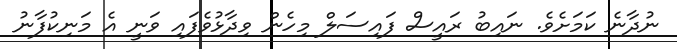
ނުދާނެ ކަމަށެވެ. ނައިބު ރައީސް ފައިސަލް މިހެން ވިދާޅުވެފައި ވަނީ އެ މަނިކުފާނު